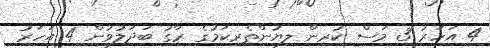
4 އަހަރު 3 މަސް ކުރިން ލިޔުންތެރިކަމުގެ ރާގު ބަދަލުވުން 4 އަހަރު